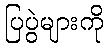
ပြပွဲများကို